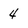
Character: 4